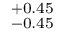
^ { + 0 . 4 5 } _ { - 0 . 4 5 }